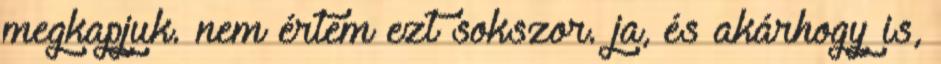
megkapjuk. nem értem ezt sokszor. ja, és akárhogy is,